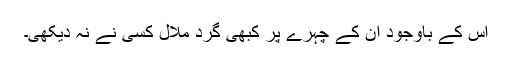
اس کے باوجود ان کے چہرے پر کبھی گرد ملال کسی نے نہ دیکھی۔